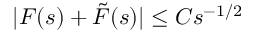
| F ( s ) + \tilde { F } ( s ) | \le C s ^ { - 1 / 2 }